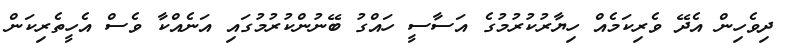
ދިވެހިން އެދޭ ވެރިކަމެއް ހިޔާރުކުރުމުގެ އަސާސީ ހައްގު ބޭނުންކުރުމުގައި އަނެއްކާ ވެސް އެހީތެރިކަން